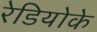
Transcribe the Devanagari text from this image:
रेडियोके